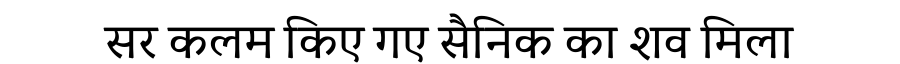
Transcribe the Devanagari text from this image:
सर कलम किए गए सैनिक का शव मिला